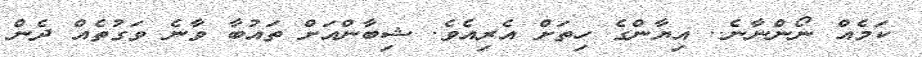
ކަމެއް ނޯންނާނެ.. އިޔާންގެ ހިތަށް އެރިއެވެ. ޝިބާންއަށް ތައުބާ ވާނެ ވަގުތެއް ދެން